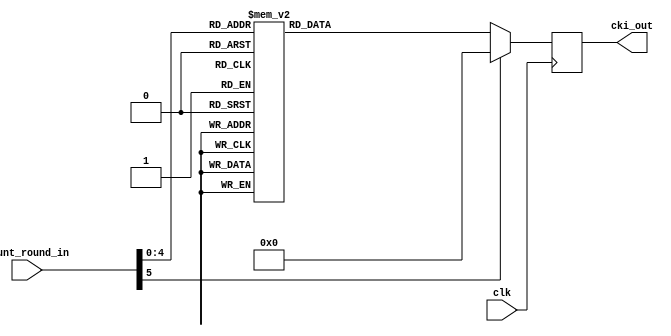
///////////////////////////////////////////////////////////////////////////////
//                 mostafa mahmoud - mostafamhamoud192@gmail.com              //               
//                                                                            //
// Design Name:    Ck_i                                                       //
// Project Name:   zero-riscy                                                 //
// Language:       Verilog                                                    //
//                                                                            //               
////////////////////////////////////////////////////////////////////////////////

module get_cki	
	(
		 clk,
    	count_round_in,
		 cki_out
	);
				
input   clk;
input	[5 :0]	count_round_in;
output	[31:0]	cki_out;

reg [31 : 0] cki_out;
    
always@(posedge clk)
	case(count_round_in)
		5'b0_0000:	cki_out	<=	32'h00070e15;
		5'b0_0001:	cki_out	<=	32'h1c232a31;
		5'b0_0010:	cki_out	<=	32'h383f464d;
		5'b0_0011:	cki_out	<=	32'h545b6269;
		5'b0_0100:	cki_out	<=	32'h70777e85;
		5'b0_0101:	cki_out	<=	32'h8c939aa1;
		5'b0_0110:	cki_out	<=	32'ha8afb6bd;
		5'b0_0111:	cki_out	<=	32'hc4cbd2d9;
		5'b0_1000:	cki_out	<=	32'he0e7eef5;
		5'b0_1001:	cki_out	<=	32'hfc030a11;
		5'b0_1010:	cki_out	<=	32'h181f262d;
		5'b0_1011:	cki_out	<=	32'h343b4249;
		5'b0_1100:	cki_out	<=	32'h50575e65;
		5'b0_1101:	cki_out	<=	32'h6c737a81;
		5'b0_1110:	cki_out	<=	32'h888f969d;
		5'b0_1111:	cki_out	<=	32'ha4abb2b9;
		5'b1_0000:	cki_out	<=	32'hc0c7ced5;
		5'b1_0001:	cki_out	<=	32'hdce3eaf1;
		5'b1_0010:	cki_out	<=	32'hf8ff060d;
		5'b1_0011:	cki_out	<=	32'h141b2229;
		5'b1_0100:	cki_out	<=	32'h30373e45;
		5'b1_0101:	cki_out	<=	32'h4c535a61;
		5'b1_0110:	cki_out	<=	32'h686f767d;
		5'b1_0111:	cki_out	<=	32'h848b9299;
		5'b1_1000:	cki_out	<=	32'ha0a7aeb5;
		5'b1_1001:	cki_out	<=	32'hbcc3cad1;
		5'b1_1010:	cki_out	<=	32'hd8dfe6ed;
		5'b1_1011:	cki_out	<=	32'hf4fb0209;
		5'b1_1100:	cki_out	<=	32'h10171e25;
		5'b1_1101:	cki_out	<=	32'h2c333a41;
		5'b1_1110:	cki_out	<=	32'h484f565d;
		5'b1_1111:	cki_out	<=	32'h646b7279;
		default:	cki_out	<=	32'h0;
	endcase

endmodule